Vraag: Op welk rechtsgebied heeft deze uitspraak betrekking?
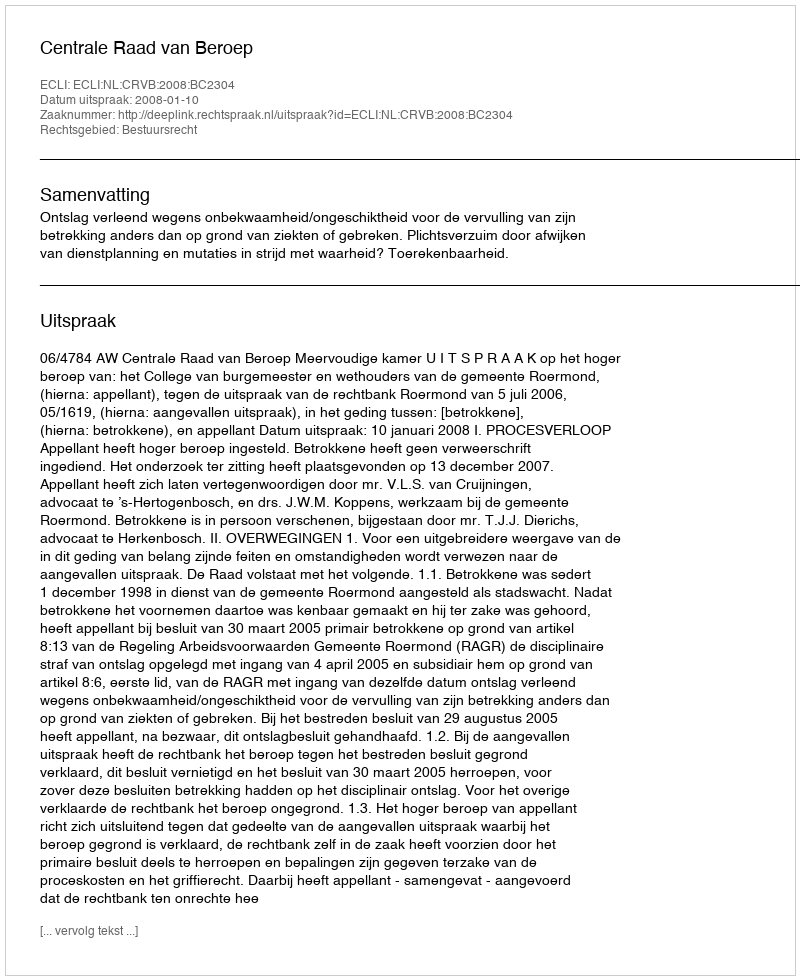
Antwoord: Bestuursrecht